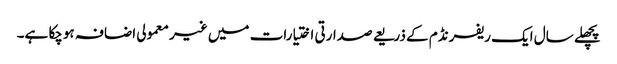
پچھلے سال ایک ریفرنڈم کے ذریعے صدارتی اختیارات میں غیر معمولی اضافہ ہوچکا ہے۔